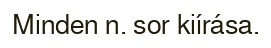
Minden n. sor kiírása.